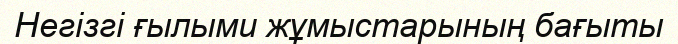
Негізгі ғылыми жұмыстарының бағыты